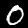
Label: 0